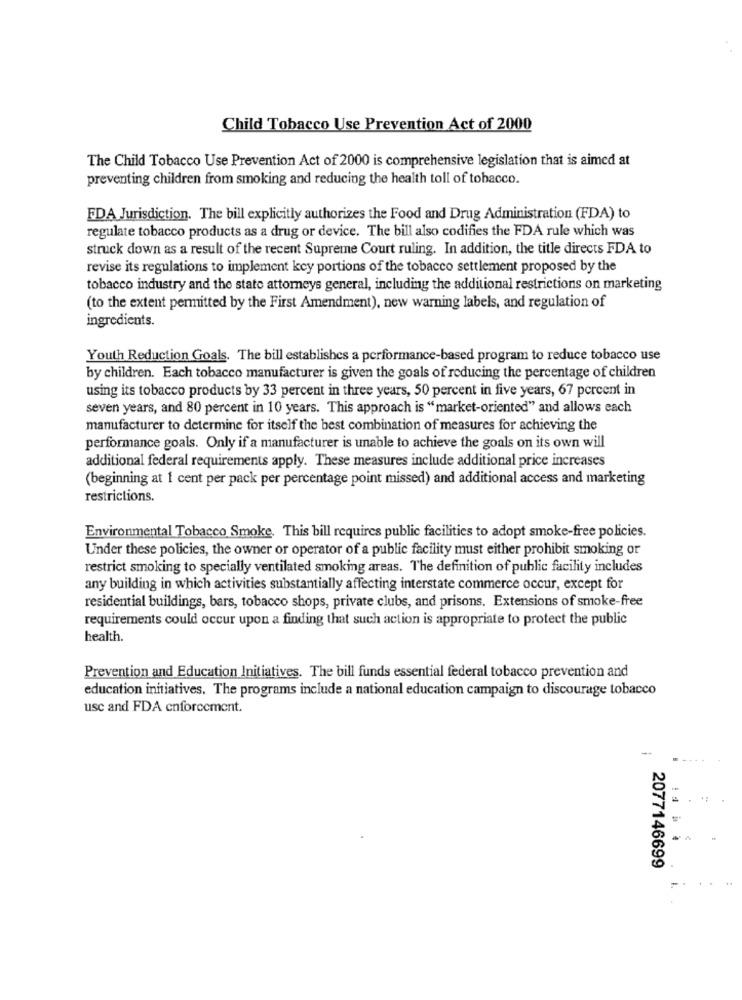
Child Tobacco Use Prevention Act of 2000
The Child Tobacco Use Prevention Act of 2000 is comprehensive legislation that is aimed at
preventing children from smoking and reducing the health toll of tobacco.
EDA Jurisdiction. The bill explicitly authorizes the Food and Drug Administration (FDA) to
regulate tobacco products as a drug or device. The bill also codifies the FDA rule which was
struck down as a result of the recent Supreme Court ruling. In addition, the title directs FDA to
revise its regulations to implement key portions of the tobacco settlement proposed by the
tobacco industry and the state attorneys general, including the additional restrictions on marketing
(to the extent permitted by the First Amendment), new warning labels, and regulation of
ingredients.
Youth Reduction Goals. The bill establishes a performance-based program to reduce tobacco use
by children. Each tobacco manufacturer is given the goals of reducing the percentage of children
using its tobacco products by 33 percent in three years, 50 percent in five years, 67 percent in
seven years, and 80 percent in 10 years. This approach is "market-oriented" and allows each
manufacturer to determine for itself the best combination of measures for achieving the
performance goals. Only if a manufacturer is unable to achieve the goals on its own will
additional federal requirements apply. These measures include additional price increases
(beginning at 1 cent per pack per percentage point missed) and additional access and marketing
restrictions.
Environmental Tobacco Smoke. This bill requires public facilities to adopt smoke-free policies.
Under these policies, the owner or operator of a public facility must either prohibit smoking or
restrict smoking to specially ventilated smoking areas. The definition of public facility includes
any building in which activities substantially affecting interstate commerce occur, except for
residential buildings, bars, tobacco shops, private clubs, and prisons. Extensions of smoke-free
requirements could occur upon a finding that such action is appropriate to protect the public
health.
Prevention and Education Initiatives. The bill funds essential federal tobacco prevention and
education initiatives. The programs include a national education campaign to discourage tobacco
usc and FDA enforcement.
-
2077146699